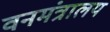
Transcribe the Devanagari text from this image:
वनमंत्रालय